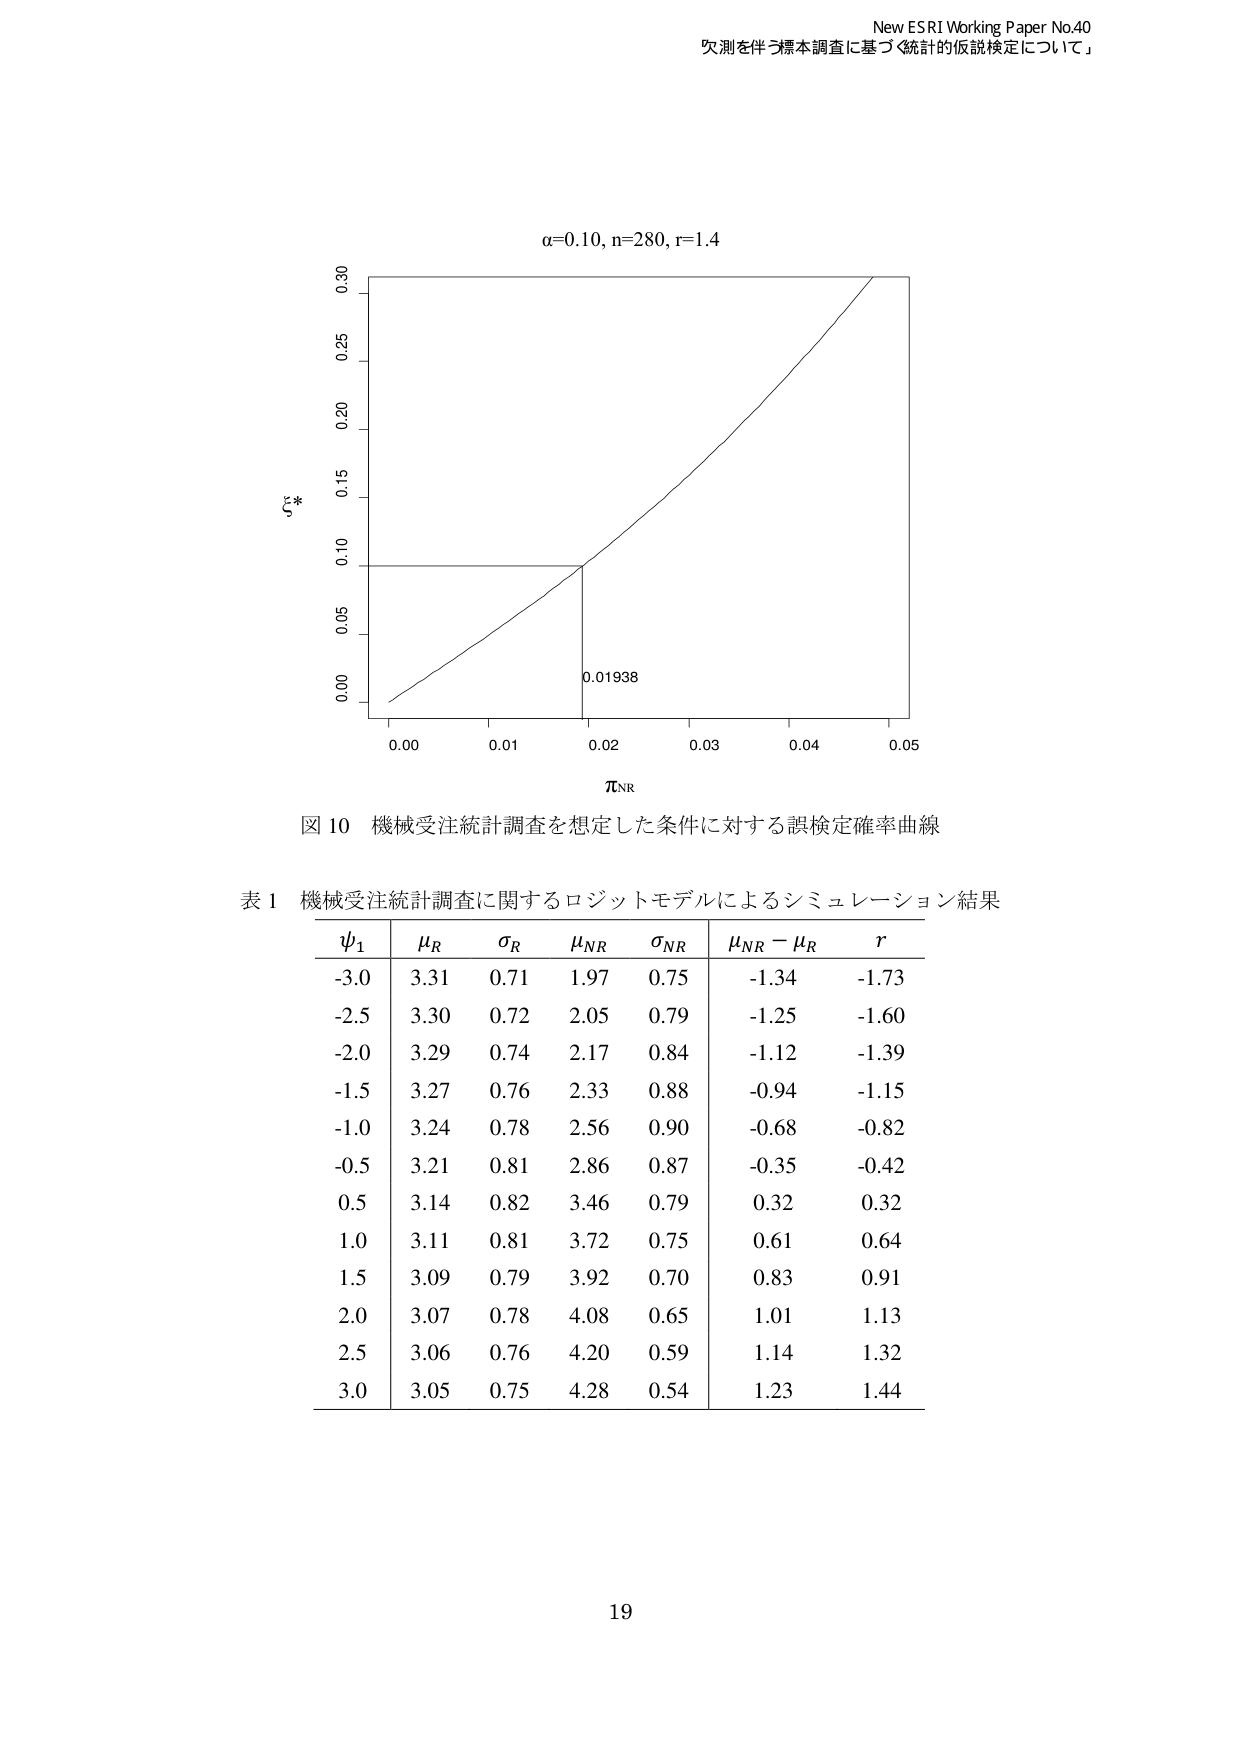
New ESRI Working Paper No.40
欠測を伴う標本調査に基づく統計的仮説検定について

α=0.10, n=280, r=1.4

ξ*
0.30
0.25
0.20
0.15
0.10
0.05
0.00

0.00  0.01  0.02  0.03  0.04  0.05
τNR

0.01938

図 10 機械受注統計調査を想定した条件に対する誤検定確率曲線

表 1 機械受注統計調査に関するロジットモデルによるシミュレーション結果

ψ₁   μ_R   σ_R   μ_NR   σ_NR   μ_NR - μ_R   r
-3.0  3.31  0.71  1.97   0.75   -1.34        -1.73
-2.5  3.30  0.72  2.05   0.79   -1.25        -1.60
-2.0  3.29  0.74  2.17   0.84   -1.12        -1.39
-1.5  3.27  0.76  2.33   0.88   -0.94        -1.15
-1.0  3.24  0.78  2.56   0.90   -0.68        -0.82
-0.5  3.21  0.81  2.86   0.87   -0.35        -0.42
 0.5  3.14  0.82  3.46   0.79    0.32         0.32
 1.0  3.11  0.81  3.72   0.75    0.61         0.64
 1.5  3.09  0.79  3.92   0.70    0.83         0.91
 2.0  3.07  0.78  4.08   0.65    1.01         1.13
 2.5  3.06  0.76  4.20   0.59    1.14         1.32
 3.0  3.05  0.75  4.28   0.54    1.23         1.44

19